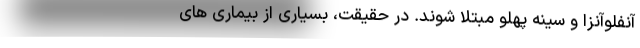
آنفلوآنزا و سینه پهلو مبتلا شوند. در حقیقت، بسیاری از بیماری های